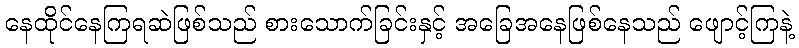
နေထိုင်နေကြရဆဲဖြစ်သည် စားသောက်ခြင်းနှင့် အခြေအနေဖြစ်နေသည် ဖျောင့်ကြနဲ့